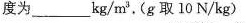
度为______kg/m^{3}，(g取10N/kg)